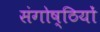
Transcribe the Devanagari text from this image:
संगोष्‍ठियों